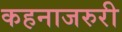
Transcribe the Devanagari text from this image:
कहनाजरुरी